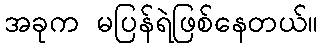
အခုက မပြန်ရဲဖြစ်နေတယ်။